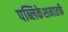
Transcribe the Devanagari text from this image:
पब्लिकेशनातर्फे